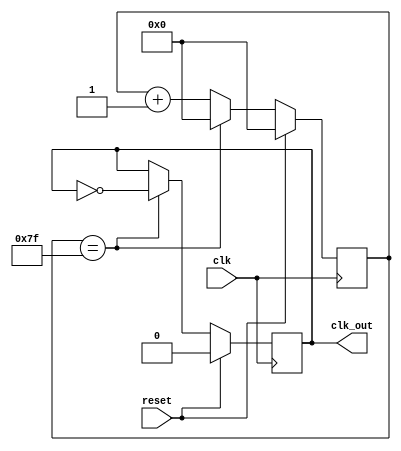
 /*                                                                      
 Copyright 2017 Silicon Integrated Microelectronics, Inc.                
                                                                         
 Licensed under the Apache License, Version 2.0 (the "License");         
 you may not use this file except in compliance with the License.        
 You may obtain a copy of the License at                                 
                                                                         
     http://www.apache.org/licenses/LICENSE-2.0                          
                                                                         
  Unless required by applicable law or agreed to in writing, software    
 distributed under the License is distributed on an "AS IS" BASIS,       
 WITHOUT WARRANTIES OR CONDITIONS OF ANY KIND, either express or implied.
 See the License for the specific language governing permissions and     
 limitations under the License.                                          
 */                                                                      
                                                                         
                                                                         
                                                                         
// Divide clock by 256, used to generate 32.768 kHz clock for AON block
module clkdivider
(
  input wire clk,
  input wire reset,
  output reg clk_out
);

  reg [7:0] counter;

  always @(posedge clk)
  begin
    if (reset)
    begin
      counter <= 8'd0;
      clk_out <= 1'b0;
    end
//  Bob: this original source code is wrong, because it is actually divided clock by 512, so correct it
    //else if (counter == 8'hff)
    else if (counter == 8'h7f)
    begin
      counter <= 8'd0;
      clk_out <= ~clk_out;
    end
    else
    begin
      counter <= counter+1;
    end
  end
endmodule